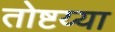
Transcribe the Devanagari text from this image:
तोष्टय्या